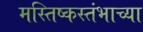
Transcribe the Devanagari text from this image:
मस्तिष्कस्तंभाच्या